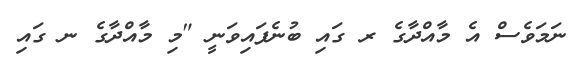
ނަމަވެސް އެ މާއްދާގެ ރ ގައި ބުނެފައިވަނީ "މި މާއްދާގެ ނ ގައި